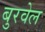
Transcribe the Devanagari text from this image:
बुरवेल